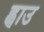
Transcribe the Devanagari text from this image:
ह्वाउ